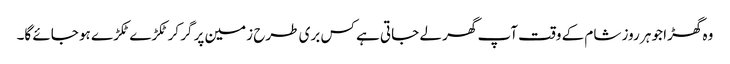
وہ گھڑا جو ہر روز شام کے وقت آپ گھر لے جاتی ہے کس بری طرح زمین پر گر کر ٹکڑے ٹکڑے ہو جائے گا۔